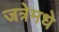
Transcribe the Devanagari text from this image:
जत्रेमधे